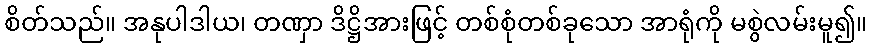
စိတ်သည်။ အနုပါဒါယ၊ တဏှာ ဒိဋ္ဌိအားဖြင့် တစ်စုံတစ်ခုသော အာရုံကို မစွဲလမ်းမူ၍။